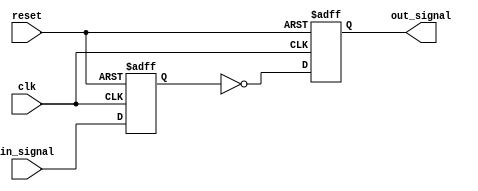
module inverter_delay (
    input wire clk, // clock signal
    input wire reset, // reset signal
    input wire in_signal, // input signal
    output reg out_signal // output signal
);

reg in_signal_delay; // delayed input signal

// Timing control block
always @(posedge clk or posedge reset) begin
    if (reset) begin
        in_signal_delay <= 1'b0; // reset delay signal
    end else begin
        in_signal_delay <= in_signal; // introduce delay in signal path
    end
end

// Inverter block
always @(posedge clk or posedge reset) begin
    if (reset) begin
        out_signal <= 1'b0; // reset output signal
    end else begin
        out_signal <= ~in_signal_delay; // invert delayed input signal
    end
end

endmodule